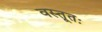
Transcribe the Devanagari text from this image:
वस्तूतः